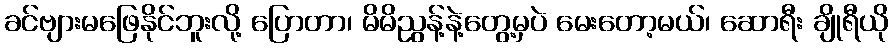
ခင်ဗျားမဖြေနိုင်ဘူးလို့ ပြောတာ၊ မိမိညွန့်နဲ့တွေ့မှပဲ မေးတော့မယ်၊ ဆောရီး ချိုရီယို